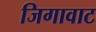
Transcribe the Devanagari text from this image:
जिगावाट